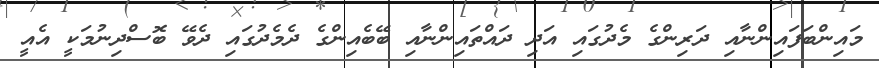
މައިންބަފައިންނާއި ދަރިންގެ މެދުގައި އަދި ދައްތައިންނާއި ބޭބެއިންގެ ދެމެދުގައި ދެވޭ ބޮސްދިނުމަކީ އެއީ